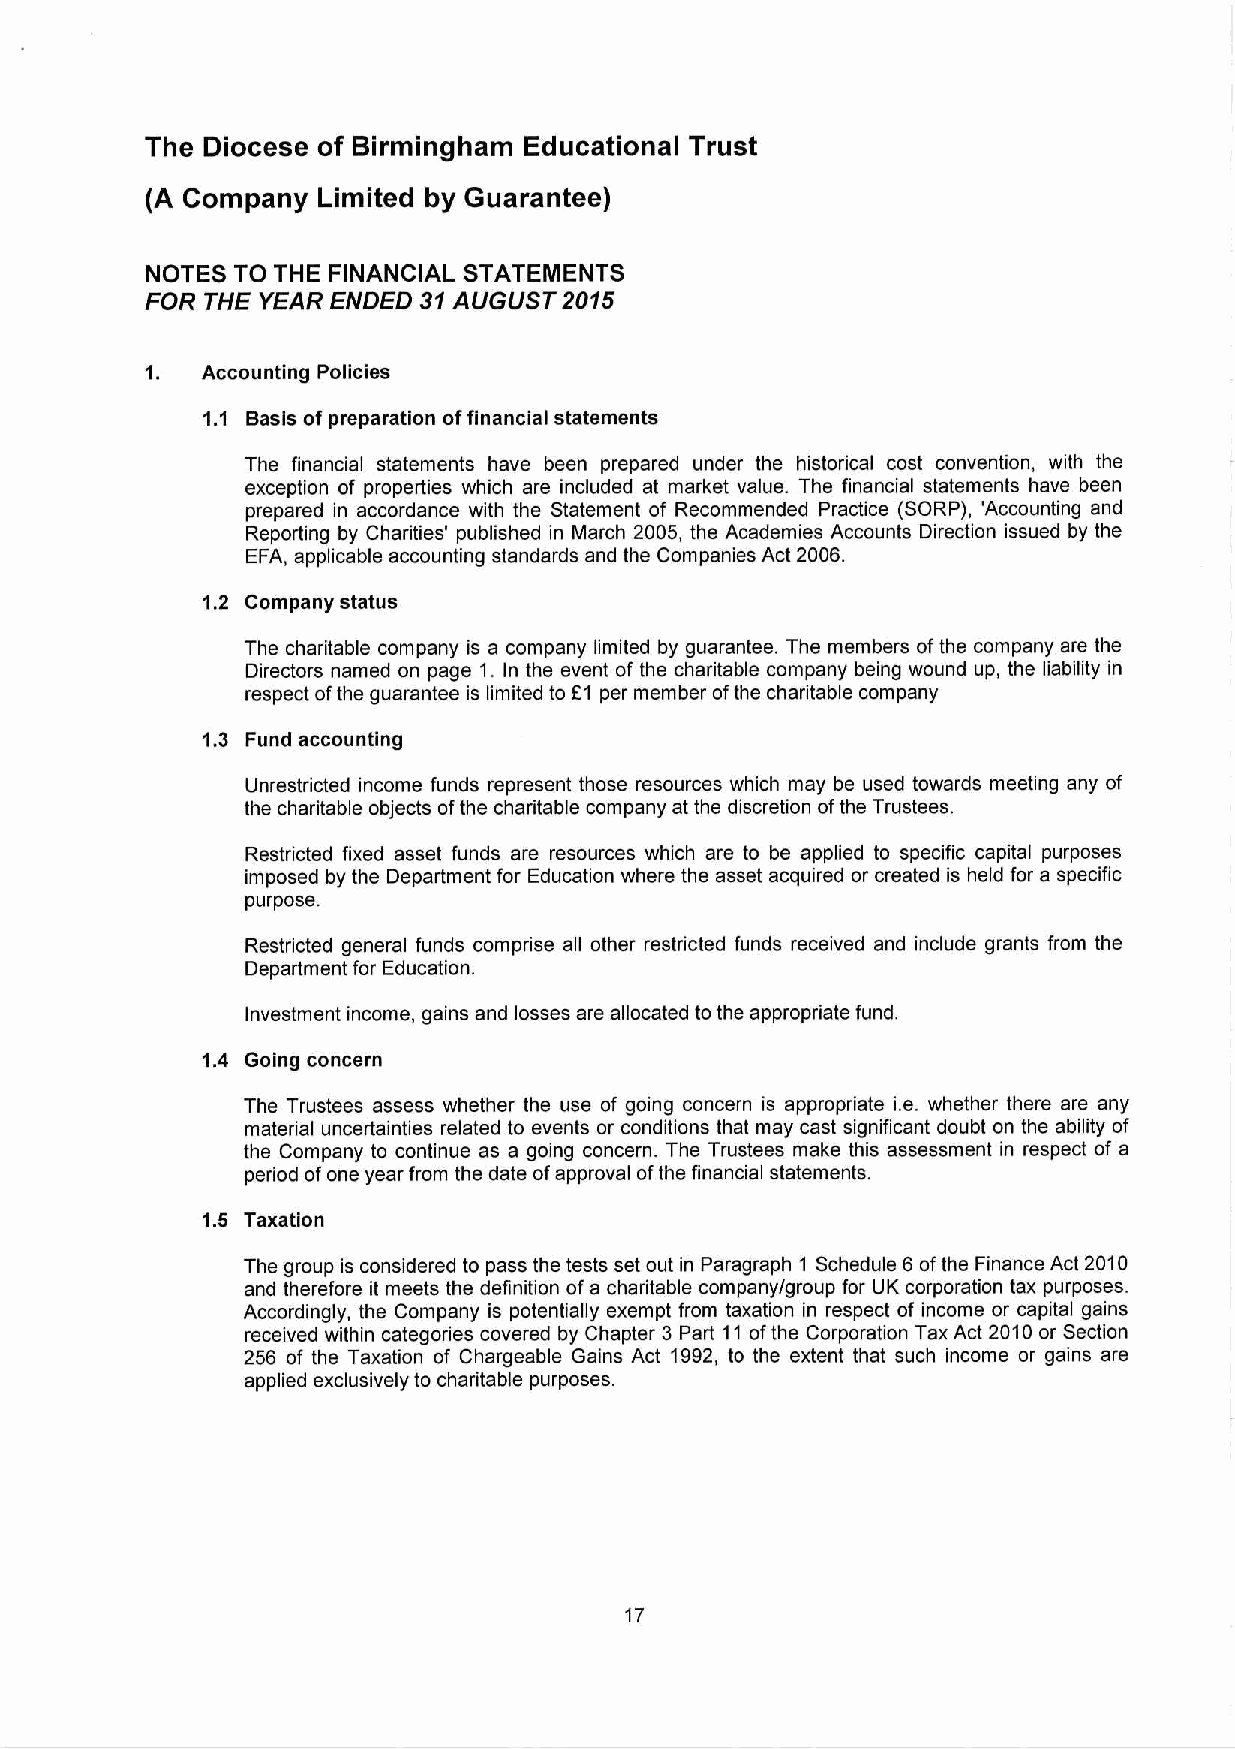
The Diocese of Birmingham Educational Trust
 (A Company Limited by Guarantee)
 NOTES TO THE FINANCIAL STATEMENTS
 FOR THE YEAR ENDED 31 AUGUST 2015
 1. Accounting Policies
 1.1 Basis of preparation of financial statements
 The financial statements have been prepared under the historical cost convention, with the
 exception of properties which are included at market value. The financial statements have been
 prepared in accordance with the Statement of Recommended Practice (SORP), 'Accounting and
 Reporting by Charities' published in March 2005, the Academies Accounts Direction issued by the
 EFA, applicable accounting standards and the Companies Act 2006.
 1.2 Company status
 The charitable company is a company limited by guarantee. The members of the company are the
 Directors named on page 1. In the event of the charitable company being wound up, the liability in
 respect of the guarantee is limited to £1 per member of the charitable company
 1.3 Fund accounting
 Unrestricted income funds represent those resources which may be used towards meeting any of
 the charitable objects of the charitable company at the discretion of the Trustees.
 Restricted fixed asset funds are resources which are to be applied to specific capital purposes
 imposed by the Department for Education where the asset acquired or created is held for a specific
 purpose.
 Restricted general funds comprise all other restricted funds received and include grants from the
 Department for Education.
 Investment income, gains and losses are allocated to the appropriate fund.
 1.4 Going concern
 The Trustees assess whether the use of going concern is appropriate i.e. whether there are any
 material uncertainties related to events or conditions that may cast significant doubt on the ability of
 the Company to continue as a going concern. The Trustees make this assessment in respect of a
 period of one year from the date of approval of the financial statements.
 1.5 Taxation
 The group is considered to pass the tests set out in Paragraph 1 Schedule 6 of the Finance Act 2010
 and therefore it meets the definition of a charitable company/group for UK corporation tax purposes.
 Accordingly, the Company is potentially exempt from taxation in respect of income or capital gains
 received within categories covered by Chapter 3 Part 11 of the Corporation Tax Act 2010 or Section
 256 of the Taxation of Chargeable Gains Act 1992, to the extent that such income or gains are
 applied exclusively to charitable purposes.
 17